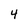
Character: 4